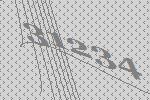
31234